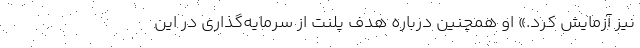
نیز آزمایش کرد.» او همچنین درباره هدف پلنت از سرمایه‌گذاری در این